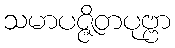
သမာပဇ္ဇိတပုဗ္ဗာ